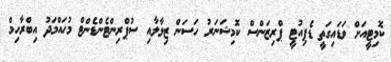
ކޮމިޓީއަށް ވަޑައިގަތީ ޑެޕިއުޓީ ޕްރިޒަންސް ކޮމިޝަނަރު ހަސަން ޒިލާލާއި ސުޕްރިންޓެންޑެންޓް މުހައްމަދު އިބްރާހިމް